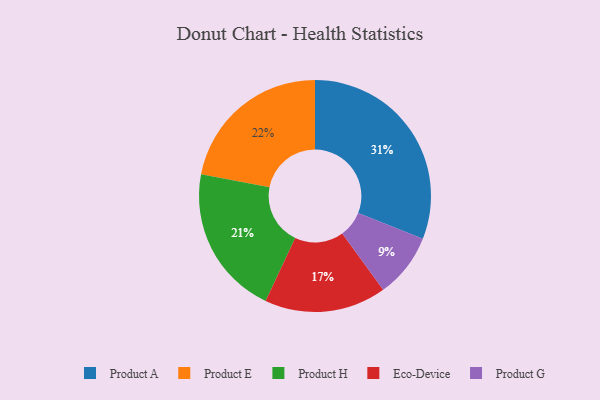
{"axis": {"x": "Category", "y": "Percentage"}, "legend": ["Eco-Device", "Product A", "Product E", "Product G", "Product H"], "data": [{"x": "Eco-Device", "y": 17, "type": "Eco-Device"}, {"x": "Product H", "y": 21, "type": "Product H"}, {"x": "Product G", "y": 9, "type": "Product G"}, {"x": "Product A", "y": 31, "type": "Product A"}, {"x": "Product E", "y": 22, "type": "Product E"}]}